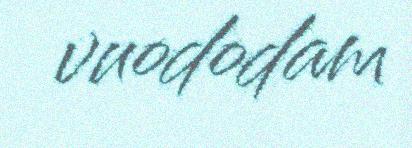
vuododam